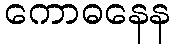
ကောဓနေန